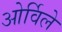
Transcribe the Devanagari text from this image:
ओर्विले